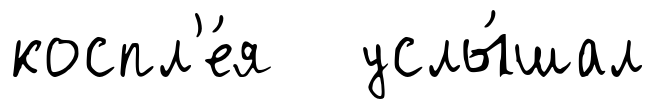
коспл'е́я услы́шал